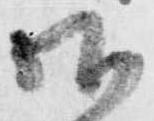
御